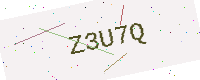
Text: Z3U7Q